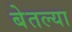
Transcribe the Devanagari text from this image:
बेतल्या